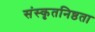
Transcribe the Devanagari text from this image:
संस्कृतनिष्ठता